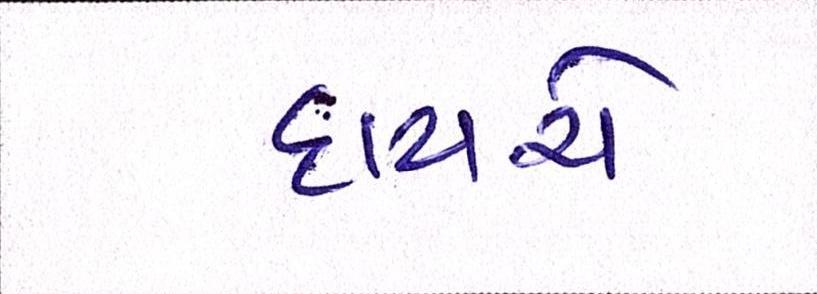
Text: દાયચે